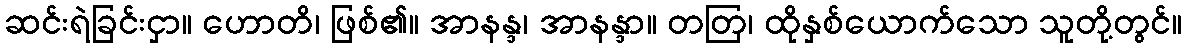
ဆင်းရဲခြင်းငှာ။ ဟောတိ၊ ဖြစ်၏။ အာနန္ဒ၊ အာနန္ဒာ။ တတြ၊ ထိုနှစ်ယောက်သော သူတို့တွင်။